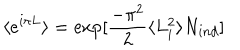
\langle e ^ { i \pi L } \rangle = \exp [ \frac { - \pi ^ { 2 } } { 2 } \langle L _ { i } ^ { 2 } \rangle N _ { i n d } ]